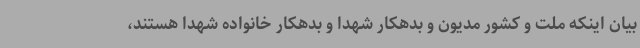
بیان اینکه ملت و کشور مدیون و بدهکار شهدا و بدهکار خانواده شهدا هستند،